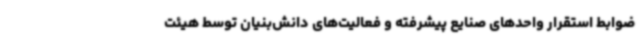
ضوابط استقرار واحدهای صنایع پیشرفته و فعالیت‌های دانش‌بنیان توسط هیئت